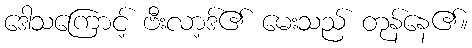
ဒေါသကြောင့် ဗီးလာ့ဒ်၏ မေးသည် တုန်နေ၏။